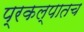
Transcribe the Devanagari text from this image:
प्रकल्पातच